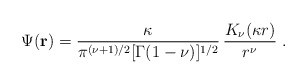
\begin{align*}\Psi ({\bf r})=\frac{\kappa}{ \pi^{(\nu+1)/2} [\Gamma (1-\nu) ]^{1/2} } \,\frac{K_{\nu} (\kappa r)}{r^{\nu} }\; .\end{align*}